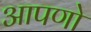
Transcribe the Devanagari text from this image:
आपणो